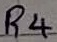
Text: R4